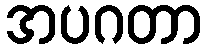
အပဂတာ